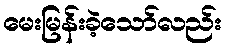
မေးမြန်းခဲ့သော်လည်း